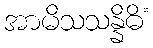
အာမိသသန္နိဓိံ